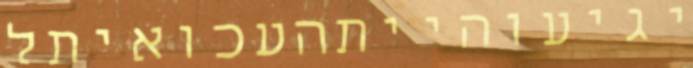
יגיעוהייתהעכואיתל